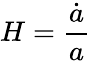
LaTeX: H={\frac{\dot{a}}{a}}